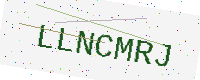
Text: LLNCMRJ